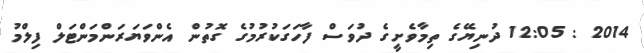
2014 : 12:05 ދުނިޔޭގެ ތިމާވެށީގެ ދުވަސް ފާހަގަކުރުމުގެ ގޮތުން އެންވަޔަރަންމަންޓަލް ފިލްމު